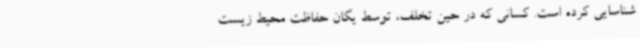
شناسایی کرده است. کسانی که در حین تخلف، توسط یگان حفاظت محیط زیست